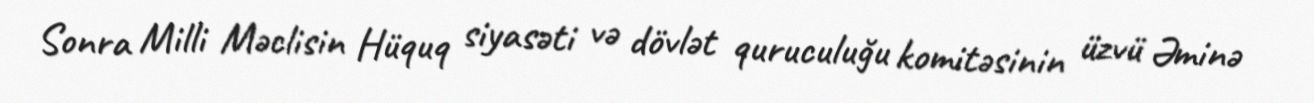
Sonra Milli Məclisin Hüquq siyasəti və dövlət quruculuğu komitəsinin üzvü Əminə